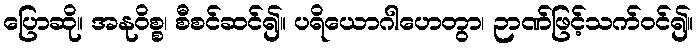
ပြောဆို။ အနုဝိစ္စ၊ စီစင်ဆင်၍။ ပရိယောဂါဟေတွာ၊ ဉာဏ်ဖြင့်သက်ဝင်၍။